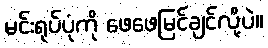
မင်းရုပ်ပုံကို ဖေဖေမြင်ချင်လို့ပဲ။